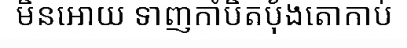
មិនអោយ ទាញកាំបិតប៉័ងតោកាប់